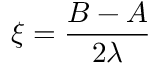
\xi = \frac { B - A } { 2 \lambda }